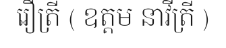
រឿត្រី ( ឧត្តម នាវីត្រី )